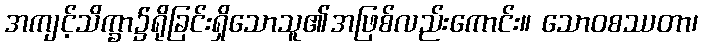
အကျင့်သိက္ခာ၌ရိုခြင်းရှိသောသူ၏အဖြစ်လည်းကောင်း။ သောဝစဿတာ၊